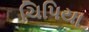
ચિપિયા